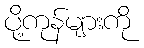
ပို့ကုန်များကို